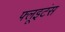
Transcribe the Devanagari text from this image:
फ्लूइटंस